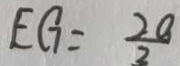
E G = \frac { 2 0 } { 3 }